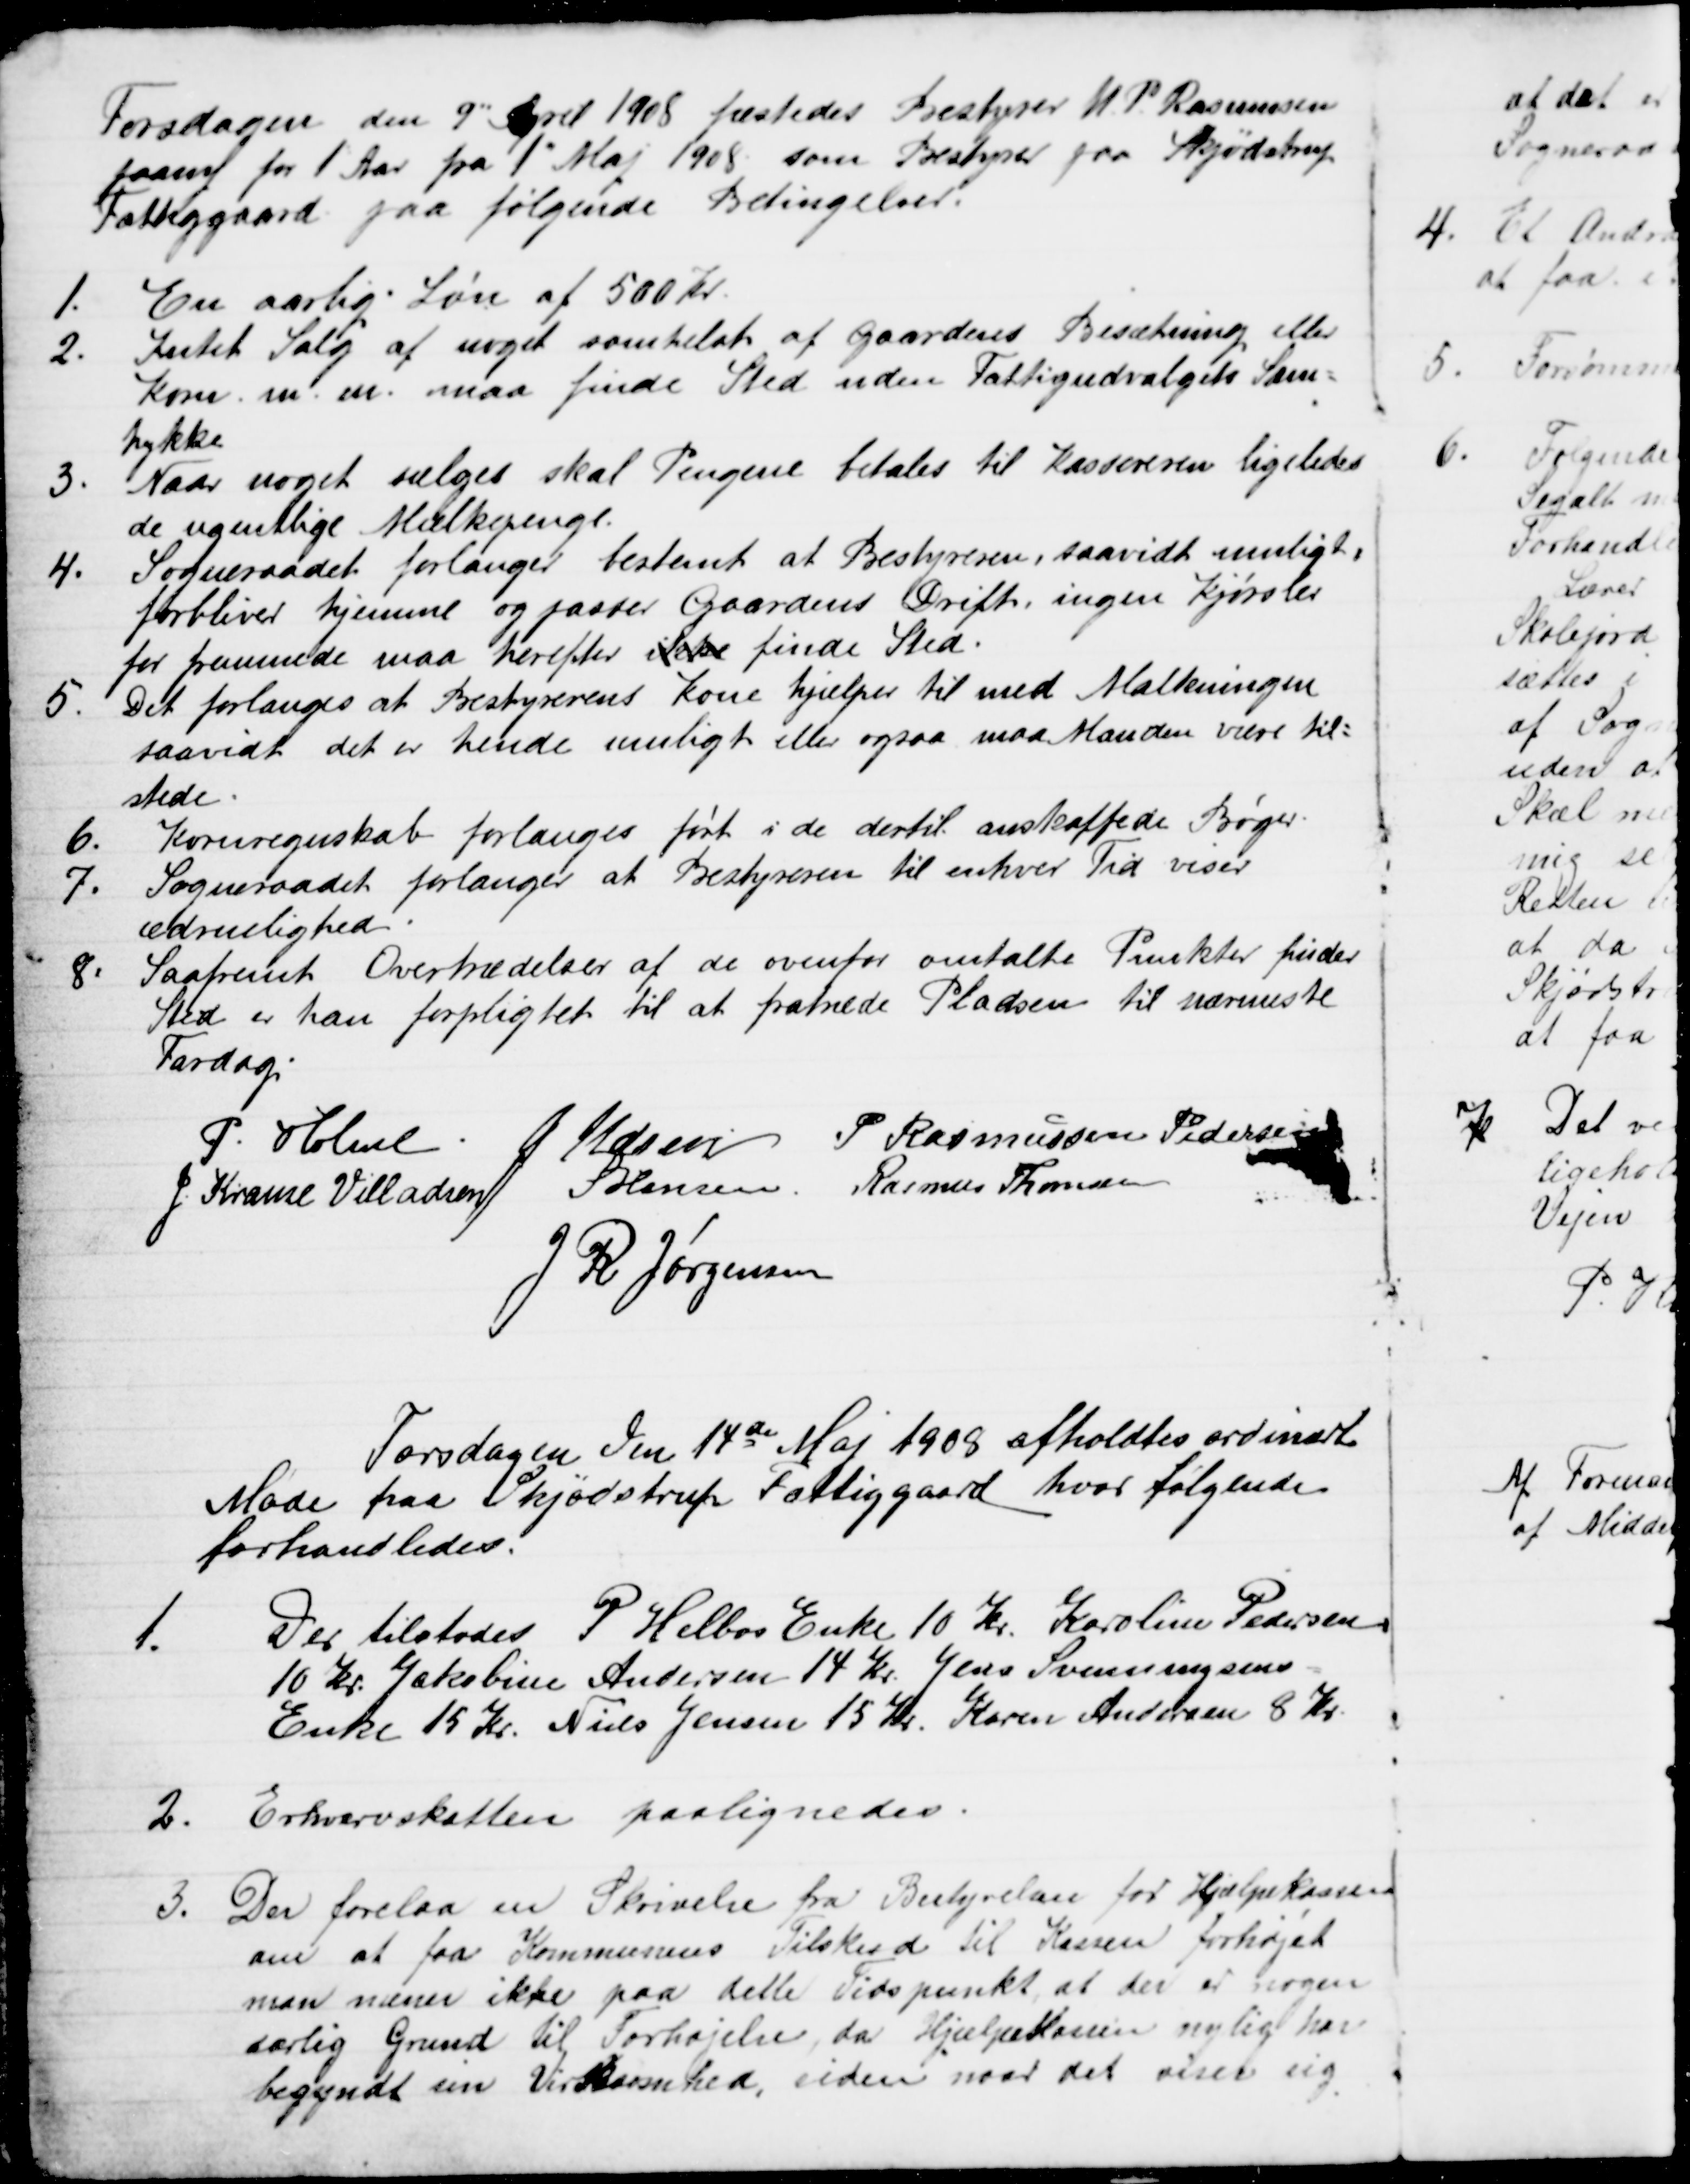
Transskription:
Torsdagen den 9" April 1908 fæstedes Bestyrer M. P. Rasmussen
paany for 1 Aar fra 1" Maj 1908 som Bestyrer paa Skjødstrup
Fattiggaard paa følgende Betingelser.
1.
En aarlig Løn af 500 Kr.
2.
Intet Salg af noget somhelst af Gaardens Besætning eller
Korn m. m. maa finde Sted uden Fattigudvalgets Sam=
tykke
3.
Naar noget sælges skal Pengene betales til Kassereren ligeledes
de ugentlige Mælkepenge.
4.
Sogneraadet forlanger bestemt at Bestyreren, saavidt muligt,
forbliver hjemme og passer Gaardens Drift, ingen Kjørsler
for fremmede maa herefter ikke finde Sted.
5.
Det forlanges at Bestyrerens Kone hjælper til med Malkningen
saavidt det er hende muligt eller ogsaa maa Manden være til=
stede.
6.
Kornregnskab forlanges ført i de dertil anskaffede Bøger.
7.
Sogneraadet forlanger at Bestyreren til enhver Tid viser
ædruelighed.
8.
Saafremt Overtrædelser af de ovenfor omtalte Punkter finder
Sted er han forpligtet til at fratræde Pladsen til nærmeste
Fardag.
P. Holme
J Udsen P Rasmussen Pedersen
J. Krause Villadsen
S Hansen Rasmus Thomsen
J. R. Jørgensen
Torsdagen den 14de Maj 1908 afholdtes ordinært
Møde paa Skjødstrup Fattiggaard, hvor følgende
forhandledes.
1.
Der tilstodes P. Helbos Enke 10 Kr. Karoline Pedersen
10 Kr. Jakobine Andersen 14 Kr. Jens Svenningsens
Enke 15 Kr. Niels Jensen 15 Kr. Karen Andersen 8 Kr.
2.
Erhvervskatten paalignedes.
3.
Der forelaa en Skrivelse fra Bestyrelsen for Hjælpekassen
om at faa Kommunens Tilskud til Kassen forhøjet
man mener ikke paa dette Tidspunkt at der er nogen
særlig Grund til Forhøjelse, da Hjælpekassen nylig har
begyndt sin Virksomhed, siden naar det viser sig